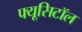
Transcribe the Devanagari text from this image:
फ्यूसिटॉल